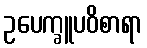
ဥပေက္ခူပဝိစာရာ